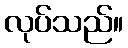
လုပ်သည်။